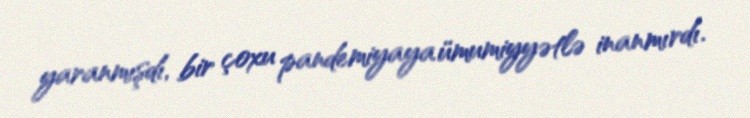
yaranmışdı, bir çoxu pandemiyaya ümumiyyətlə inanmırdı.